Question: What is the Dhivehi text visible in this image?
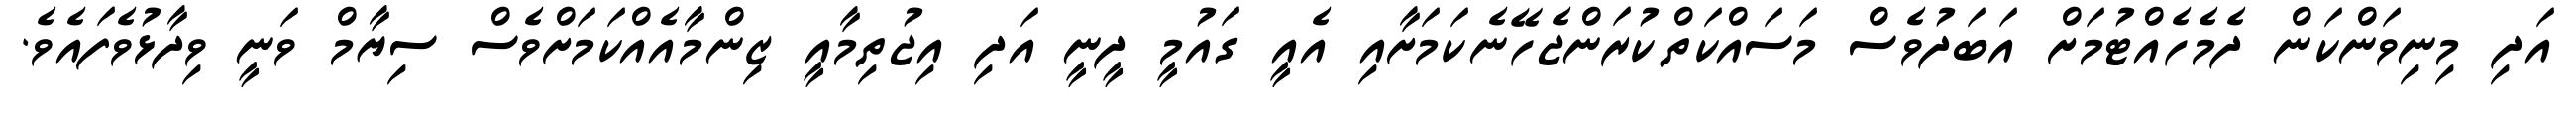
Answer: އަދި މިނިވަންކަން ދެމެހެއްޓުމަށް އަބަދުވެސް މަސައްކަތްކުރަންޖެހޭނެކަމަށާއި އެއީ ގައުމީ ދީނީ އަދި އިޖުތިމާއީ ޒިންމާއެއްކަމަށްވެސް ސިޔާމް ވަނީ ވިދާޅުވެފައެވެ.